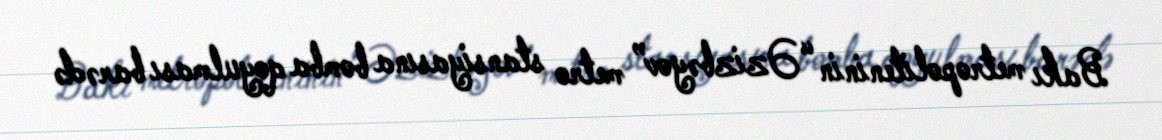
Bakı metropoliteninin “Əzizbəyov” metro stansiyasına bomba qoyulması barədə